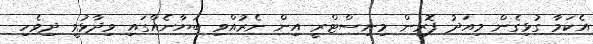
އެކަމާ ގުޅިގެން މިއަދު ފޮރިން މިނިސްޓްރީ އިން ނެރުއްވި ބަޔާނެއްގައި ވިދާޅުވީ ދިވެހި